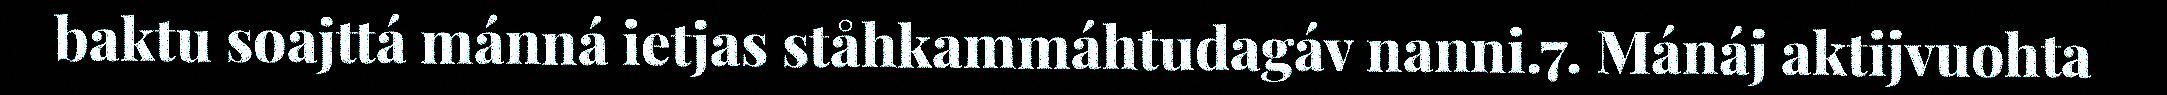
baktu soajttá mánná ietjas ståhkammáhtudagáv nanni.7. Mánáj aktijvuohta